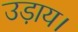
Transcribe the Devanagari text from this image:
उड़ाय।